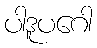
ပါဒူပဂေါ